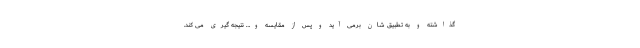
گذاشته و به تطبیق شان برمی آید و پس از مقایسه و… نتیجه گیری می کند.